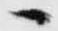
へ